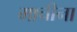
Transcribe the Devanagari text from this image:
माचीना